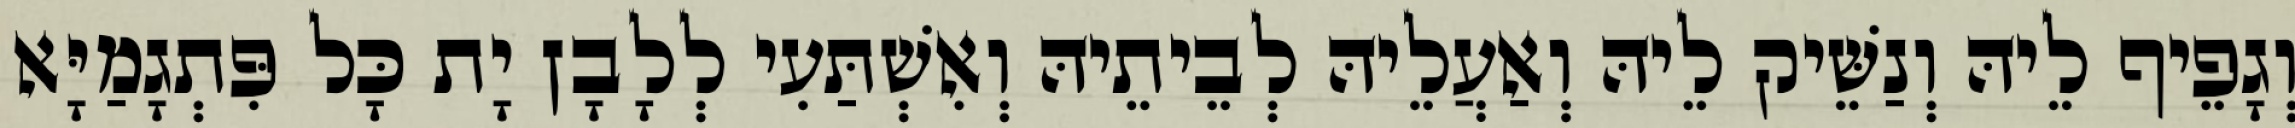
וְגָפֵיף לֵיהּ וְנַשֵּׁיק לֵיהּ וְאַעֲלֵיהּ לְבֵיתֵיהּ וְאִשְׁתַּעִי לְלָבָן יָת כָּל פִּתְגָמַיָּא